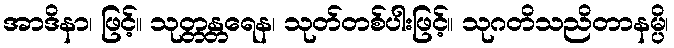
အာဒိနာ၊ ဖြင့်။ သုတ္တန္တရေန၊ သုတ်တစ်ပါးဖြင့်။ သုဂတိသညိတာနမ္ပိ၊